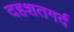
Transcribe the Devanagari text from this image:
दहशतगर्द